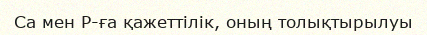
Са мен Р-ға қажеттiлiк, оның толықтырылуы